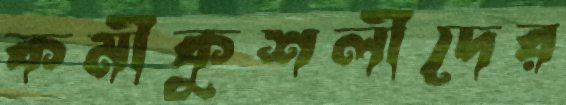
কর্মীকুশলীদের